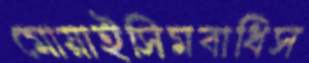
মোয়াইসিমবাধিস